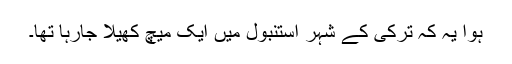
ہوا یہ کہ ترکی کے شہر استنبول میں ایک میچ کھیلا جارہا تھا۔